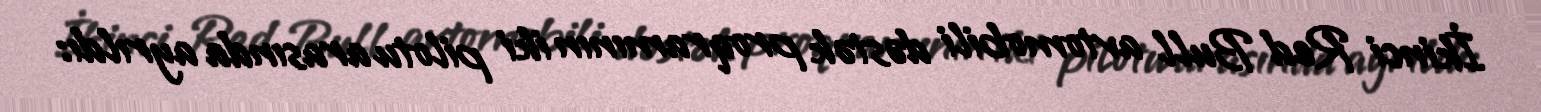
İkinci Red Bull avtomobili dəstək proqramının iki pilotu arasında ayrıldı: